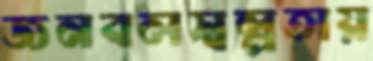
জনবলস্বল্পতায়